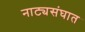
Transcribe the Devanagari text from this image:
नाट्यसंघात